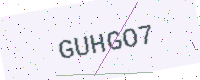
Text: GUHGO7